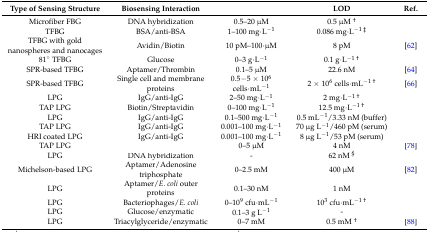
<table><thead><tr><td><b>Type of Sensing Structure</b></td><td><b>Biosensing Interaction</b></td><td>[EMPTY_CELL]</td><td><b>LOD</b></td><td><b>Ref.</b></td></tr></thead><tbody><tr><td>Microfiber FBG</td><td>DNA hybridization</td><td>0.5–20 μM</td><td>0.5 μM <sup>†</sup></td><td>[EMPTY_CELL]</td></tr><tr><td>TFBG</td><td>BSA/anti-BSA</td><td>1–100 mg·L<sup>−1</sup></td><td>0.086 mg·L<sup>−1 ‡</sup></td><td>[EMPTY_CELL]</td></tr><tr><td>TFBG with gold nanospheres and nanocages</td><td>Avidin/Biotin</td><td>10 pM–100·μM</td><td>8 pM</td><td>[62]</td></tr><tr><td>81° TFBG</td><td>Glucose</td><td>0–3 g·L<sup>−1</sup></td><td>0.1 g·L<sup>−1 †</sup></td><td>[EMPTY_CELL]</td></tr><tr><td>SPR-based TFBG</td><td>Aptamer/Thrombin</td><td>0.1–5 μM</td><td>22.6 nM</td><td>[64]</td></tr><tr><td>SPR-based TFBG</td><td>Single cell and membrane proteins</td><td>0.5−5 × 10<sup>6</sup> cells·mL<sup>−1</sup></td><td>2 × 10<sup>6</sup> cells·mL<sup>−1 †</sup></td><td>[66]</td></tr><tr><td>LPG</td><td>IgG/anti-IgG</td><td>2–50 mg·L<sup>−1</sup></td><td>2 mg·L<sup>−1 †</sup></td><td>[EMPTY_CELL]</td></tr><tr><td>TAP LPG</td><td>Biotin/Streptavidin</td><td>0–100 mg·L<sup>−1</sup></td><td>12.5 mg·L<sup>−1 †</sup></td><td>[EMPTY_CELL]</td></tr><tr><td>LPG</td><td>IgG/anti-IgG</td><td>0.1–500 mg·L<sup>−1</sup></td><td>0.5 mL<sup>−1</sup>/3.33 nM (buffer)</td><td>[EMPTY_CELL]</td></tr><tr><td>TAP LPG</td><td>IgG/anti-IgG</td><td>0.001–100 mg·L<sup>−1</sup></td><td>70 μg L<sup>−1</sup>/460 pM (serum)</td><td>[EMPTY_CELL]</td></tr><tr><td>HRI coated LPG</td><td>IgG/anti-IgG</td><td>0.001–100 mg·L<sup>−1</sup></td><td>8 μg L<sup>−1</sup>/53 pM (serum)</td><td>[EMPTY_CELL]</td></tr><tr><td>TAP LPG</td><td>[EMPTY_CELL]</td><td>0–5 μM</td><td>4 nM</td><td>[78]</td></tr><tr><td>LPG</td><td>DNA hybridization</td><td>-</td><td>62 nM <sup>§</sup></td><td>[EMPTY_CELL]</td></tr><tr><td>Michelson-based LPG</td><td>Aptamer/Adenosine triphosphate</td><td>0–2.5 mM</td><td>400 μM</td><td>[82]</td></tr><tr><td>LPG</td><td>Aptamer/<i>E. coli</i> outer proteins</td><td>0.1–30 nM</td><td>1 nM</td><td>[EMPTY_CELL]</td></tr><tr><td>LPG</td><td>Bacteriophages/<i>E. coli</i></td><td>0–10<sup>9</sup> cfu·mL<sup>−1</sup></td><td>10<sup>3</sup> cfu·mL<sup>−1 †</sup></td><td>[EMPTY_CELL]</td></tr><tr><td>LPG</td><td>Glucose/enzymatic</td><td>0.1–3 g L<sup>−1</sup></td><td>-</td><td>[EMPTY_CELL]</td></tr><tr><td>LPG</td><td>Triacylglyceride/enzymatic</td><td>0–7 mM</td><td>0.5 mM <sup>†</sup></td><td>[88]</td></tr></tbody></table>